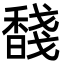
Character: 馢